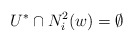
\begin{align*}U^*\cap N_i^2(w)=\emptyset\end{align*}